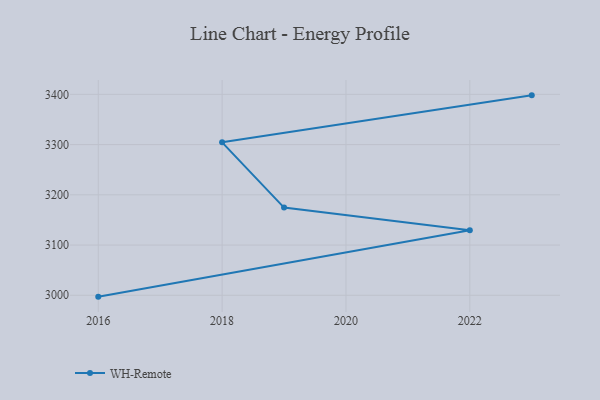
{"axis": {"x": "Year", "y": "Tickets Resolved"}, "legend": ["WH-Remote"], "data": [{"x": "2023", "y": 3398.0, "type": "WH-Remote"}, {"x": "2018", "y": 3304.5, "type": "WH-Remote"}, {"x": "2019", "y": 3174.6, "type": "WH-Remote"}, {"x": "2022", "y": 3129.3, "type": "WH-Remote"}, {"x": "2016", "y": 2997.3, "type": "WH-Remote"}]}